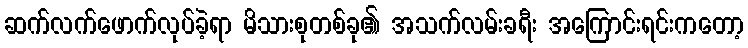
ဆက်လက်ဖောက်လုပ်ခဲ့ရာ မိသားစုတစ်ခု၏ အသက်လမ်းခရီး အကြောင်းရင်းကတော့